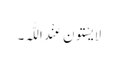
لَایَسْتَونَ عِنْدَ اللّٰہِ۔